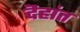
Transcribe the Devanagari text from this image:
दॆहांत